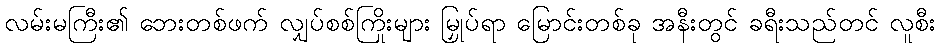
လမ်းမကြီး၏ ဘေးတစ်ဖက် လျှပ်စစ်ကြိုးများ မြှုပ်ရာ မြောင်းတစ်ခု အနီးတွင် ခရီးသည်တင် လူစီး